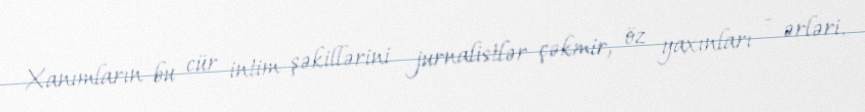
Xanımların bu cür intim şəkillərini jurnalistlər çəkmir, öz yaxınları - ərləri,